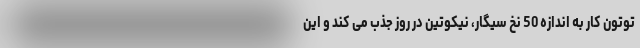
توتون ‌کار به اندازه 50 نخ سیگار، نیکوتین در روز جذب می ‌کند و این